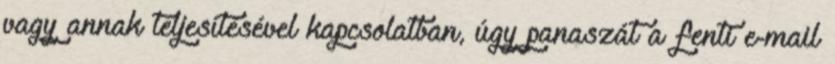
vagy annak teljesítésével kapcsolatban, úgy panaszát a fenti e-mail